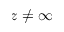
z \neq \infty